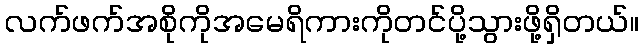
လက်ဖက်အစိုကိုအမေရိကားကိုတင်ပို့သွားဖို့ရှိတယ်။